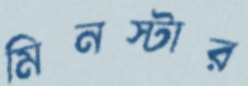
মিনস্টার